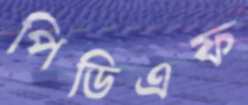
পিডিএফ